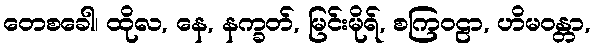
တေစခေါ၊ ထိုလ, နေ, နက္ခတ်, မြင်းမိုရ်, စကြဝဠာ, ဟိမဝန္တာ,